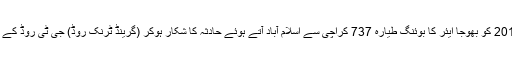
اس سے قبل 20 اپریل 2012 کو بھوجا ایئر کا بوئنگ طیارہ 737 کراچی سے اسلام آباد آتے ہوئے حادثہ کا شکار ہوکر (گرینڈ ٹرنک روڈ) جی ٹی روڈ کے قریب گاؤں پر گر گیا تھا۔